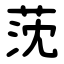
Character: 莐